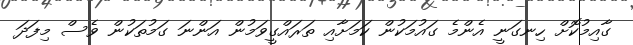
ގާއިމުކޮށް ހިނގަނީ އެންމެ ގައުމަކުން ކަމަށާއި ތަރައްގީވަމުން އަންނަ ގަމުތަކުން ވެސް މިފަދަ